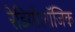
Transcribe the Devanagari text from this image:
रेडियोलॉजिक